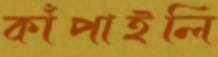
কাঁপাইলি